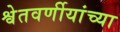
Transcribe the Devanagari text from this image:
श्वेतवर्णीयांच्या